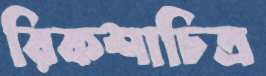
রিকশাচিত্র